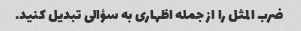
ضرب المثل را از جمله اظهاری به سؤالی تبدیل کنید.